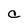
Character: a